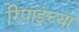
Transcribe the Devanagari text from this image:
रिपाइंच्या